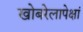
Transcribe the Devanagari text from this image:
खोबरेलापेक्षां